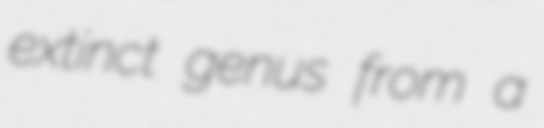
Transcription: extinct genus from a